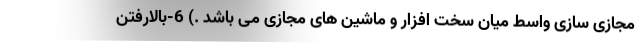
مجازی سازی واسط میان سخت افزار و ماشین های مجازی می باشد .) 6-بالارفتن